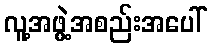
လူ့အဖွဲ့အစည်းအပေါ်